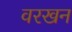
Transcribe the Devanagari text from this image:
वरखन